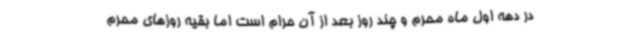
در دهه اول ماه محرم و چند روز بعد از آن حرام است اما بقیه روزهای محرم